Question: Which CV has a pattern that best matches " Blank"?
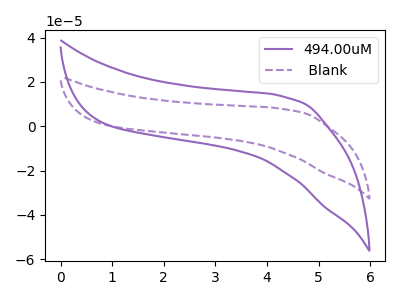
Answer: <think>The purple curve "494.00uM" has no peaks. The purple dashed curve " Blank" has no peaks.
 Neither "494.00uM" or " Blank" have any peaks.</think>
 <answer>The CV with the most similar shape to "494.00uM" is " Blank".</answer>
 <eval>" Blank"</eval>